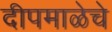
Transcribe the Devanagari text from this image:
दीपमाळेचे